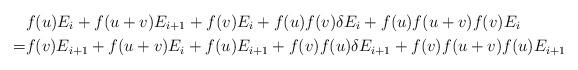
LaTeX: \begin{align*} & f(u)E_{i} +f(u+v)E_{i+1}+f(v)E_{i}+f(u)f(v)\delta E_{i}+f(u)f(u+v)f(v)E_{i} \\ = & f(v)E_{i+1} +f(u+v)E_{i}+f(u)E_{i+1} +f(v)f(u)\delta E_{i+1} + f(v)f(u+v)f(u)E_{i+1}\end{align*}